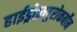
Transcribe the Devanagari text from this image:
हाईड्रोफ़्लुरोकर्बोन